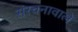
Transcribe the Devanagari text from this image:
संरचनावाले